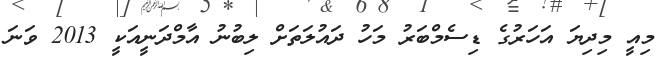
މިއީ މިދިޔަ އަހަރުގެ ޑިސެމްބަރު މަހު ދައުލަތަށް ލިބުނު އާމްދަނީއަކީ 2013 ވަނަ